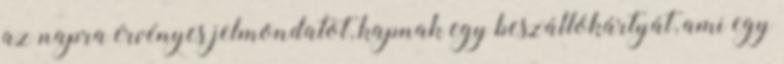
az napra érvényes jelmondatot, kapnak egy beszállókártyát, ami egy